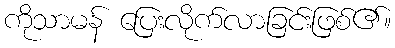
ကိုသာမန် ပြေးလိုက်လာခြင်းဖြစ်၏။